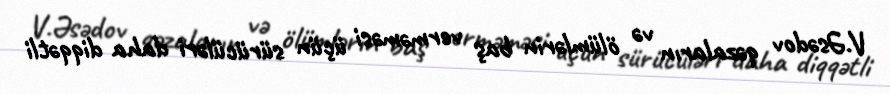
V.Əsədov qəzaların və ölümlərin baş verməməsi üçün sürücüləri daha diqqətli